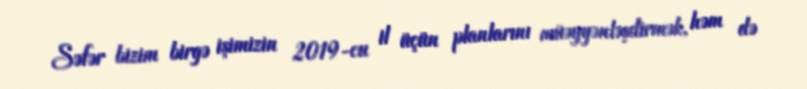
Səfər bizim birgə işimizin 2019-cu il üçün planlarını müəyyənləşdirmək, həm də